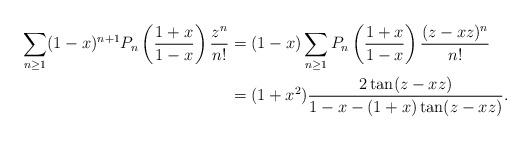
LaTeX: \begin{align*} \sum_{n\geq 1} (1-x)^{n+1}P_n\left(\frac{1+x}{1-x}\right)\frac{z^n}{n!}&=(1-x)\sum_{n\geq 1}P_n\left(\frac{1+x}{1-x}\right)\frac{(z-xz)^n}{n!} \\&=(1+x^2)\frac{2\tan(z-xz)}{1-x-(1+x)\tan(z-xz)}.\end{align*}